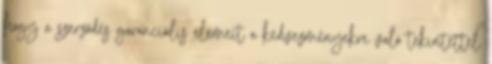
hogy a szerződés garanciális elemeit a kedvezményekre való tekintettel